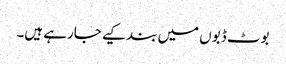
بوٹ ڈبوں میں بند کیے جارہے ہیں۔